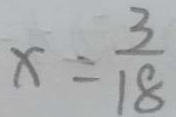
x = \frac { 3 } { 1 8 }